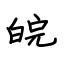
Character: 皖